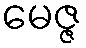
မေဇ္ဇ